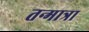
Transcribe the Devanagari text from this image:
तन्मात्रा